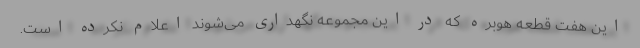
این هفت قطعه هوبره که در این مجموعه نگهداری می‌شوند اعلام نکرده است.